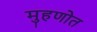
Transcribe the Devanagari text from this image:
मुहणोत